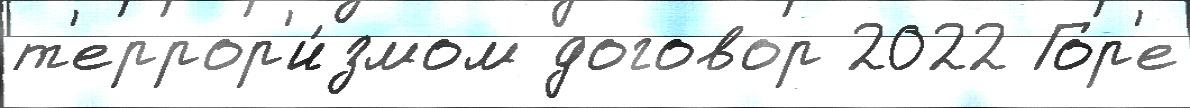
т'еррор'и́змом договор 2022 Гор'е